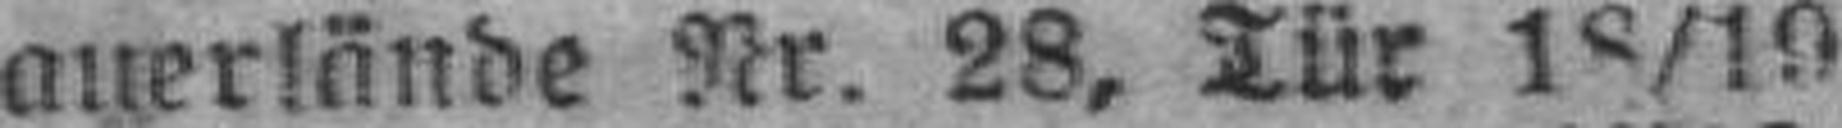
auerlände Nr. 28, Tür 18/19.